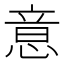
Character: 意